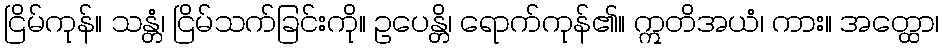
ငြိမ်ကုန်။ သန္တံ၊ ငြိမ်သက်ခြင်းကို။ ဥပေန္တိ၊ ရောက်ကုန်၏။ ဣတိအယံ၊ ကား။ အတ္ထော၊